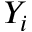
Y _ { i }